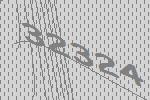
32324